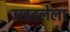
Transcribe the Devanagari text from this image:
उखडलेला